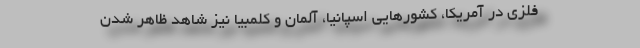
فلزی در آمریکا، کشورهایی اسپانیا، آلمان و کلمبیا نیز شاهد ظاهر شدن